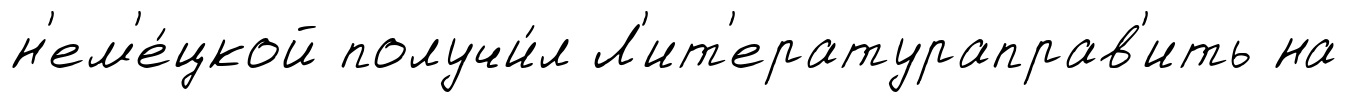
н'ем'е́цкой получи́л Л'ит'ератураправ'ить на